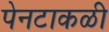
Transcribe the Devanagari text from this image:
पेनटाकळी